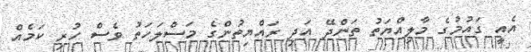
އެއީ ގައުމުގެ މާލިއްޔަތު ތަންދޭ އަދި ރައްޔިތުންގެ މަސްލަހަތު ވެސް ހުރި ކަމެއް